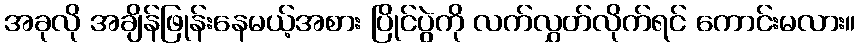
အခုလို အချိန်ဖြုန်းနေမယ့်အစား ပြိုင်ပွဲကို လက်လွှတ်လိုက်ရင် ကောင်းမလား။